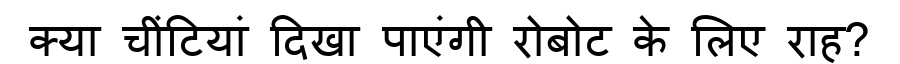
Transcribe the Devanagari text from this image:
क्या चींटियां दिखा पाएंगी रोबोट के लिए राह?